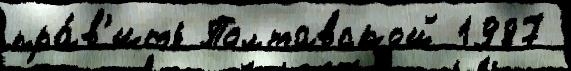
пра́в'ить Полтавской 1987